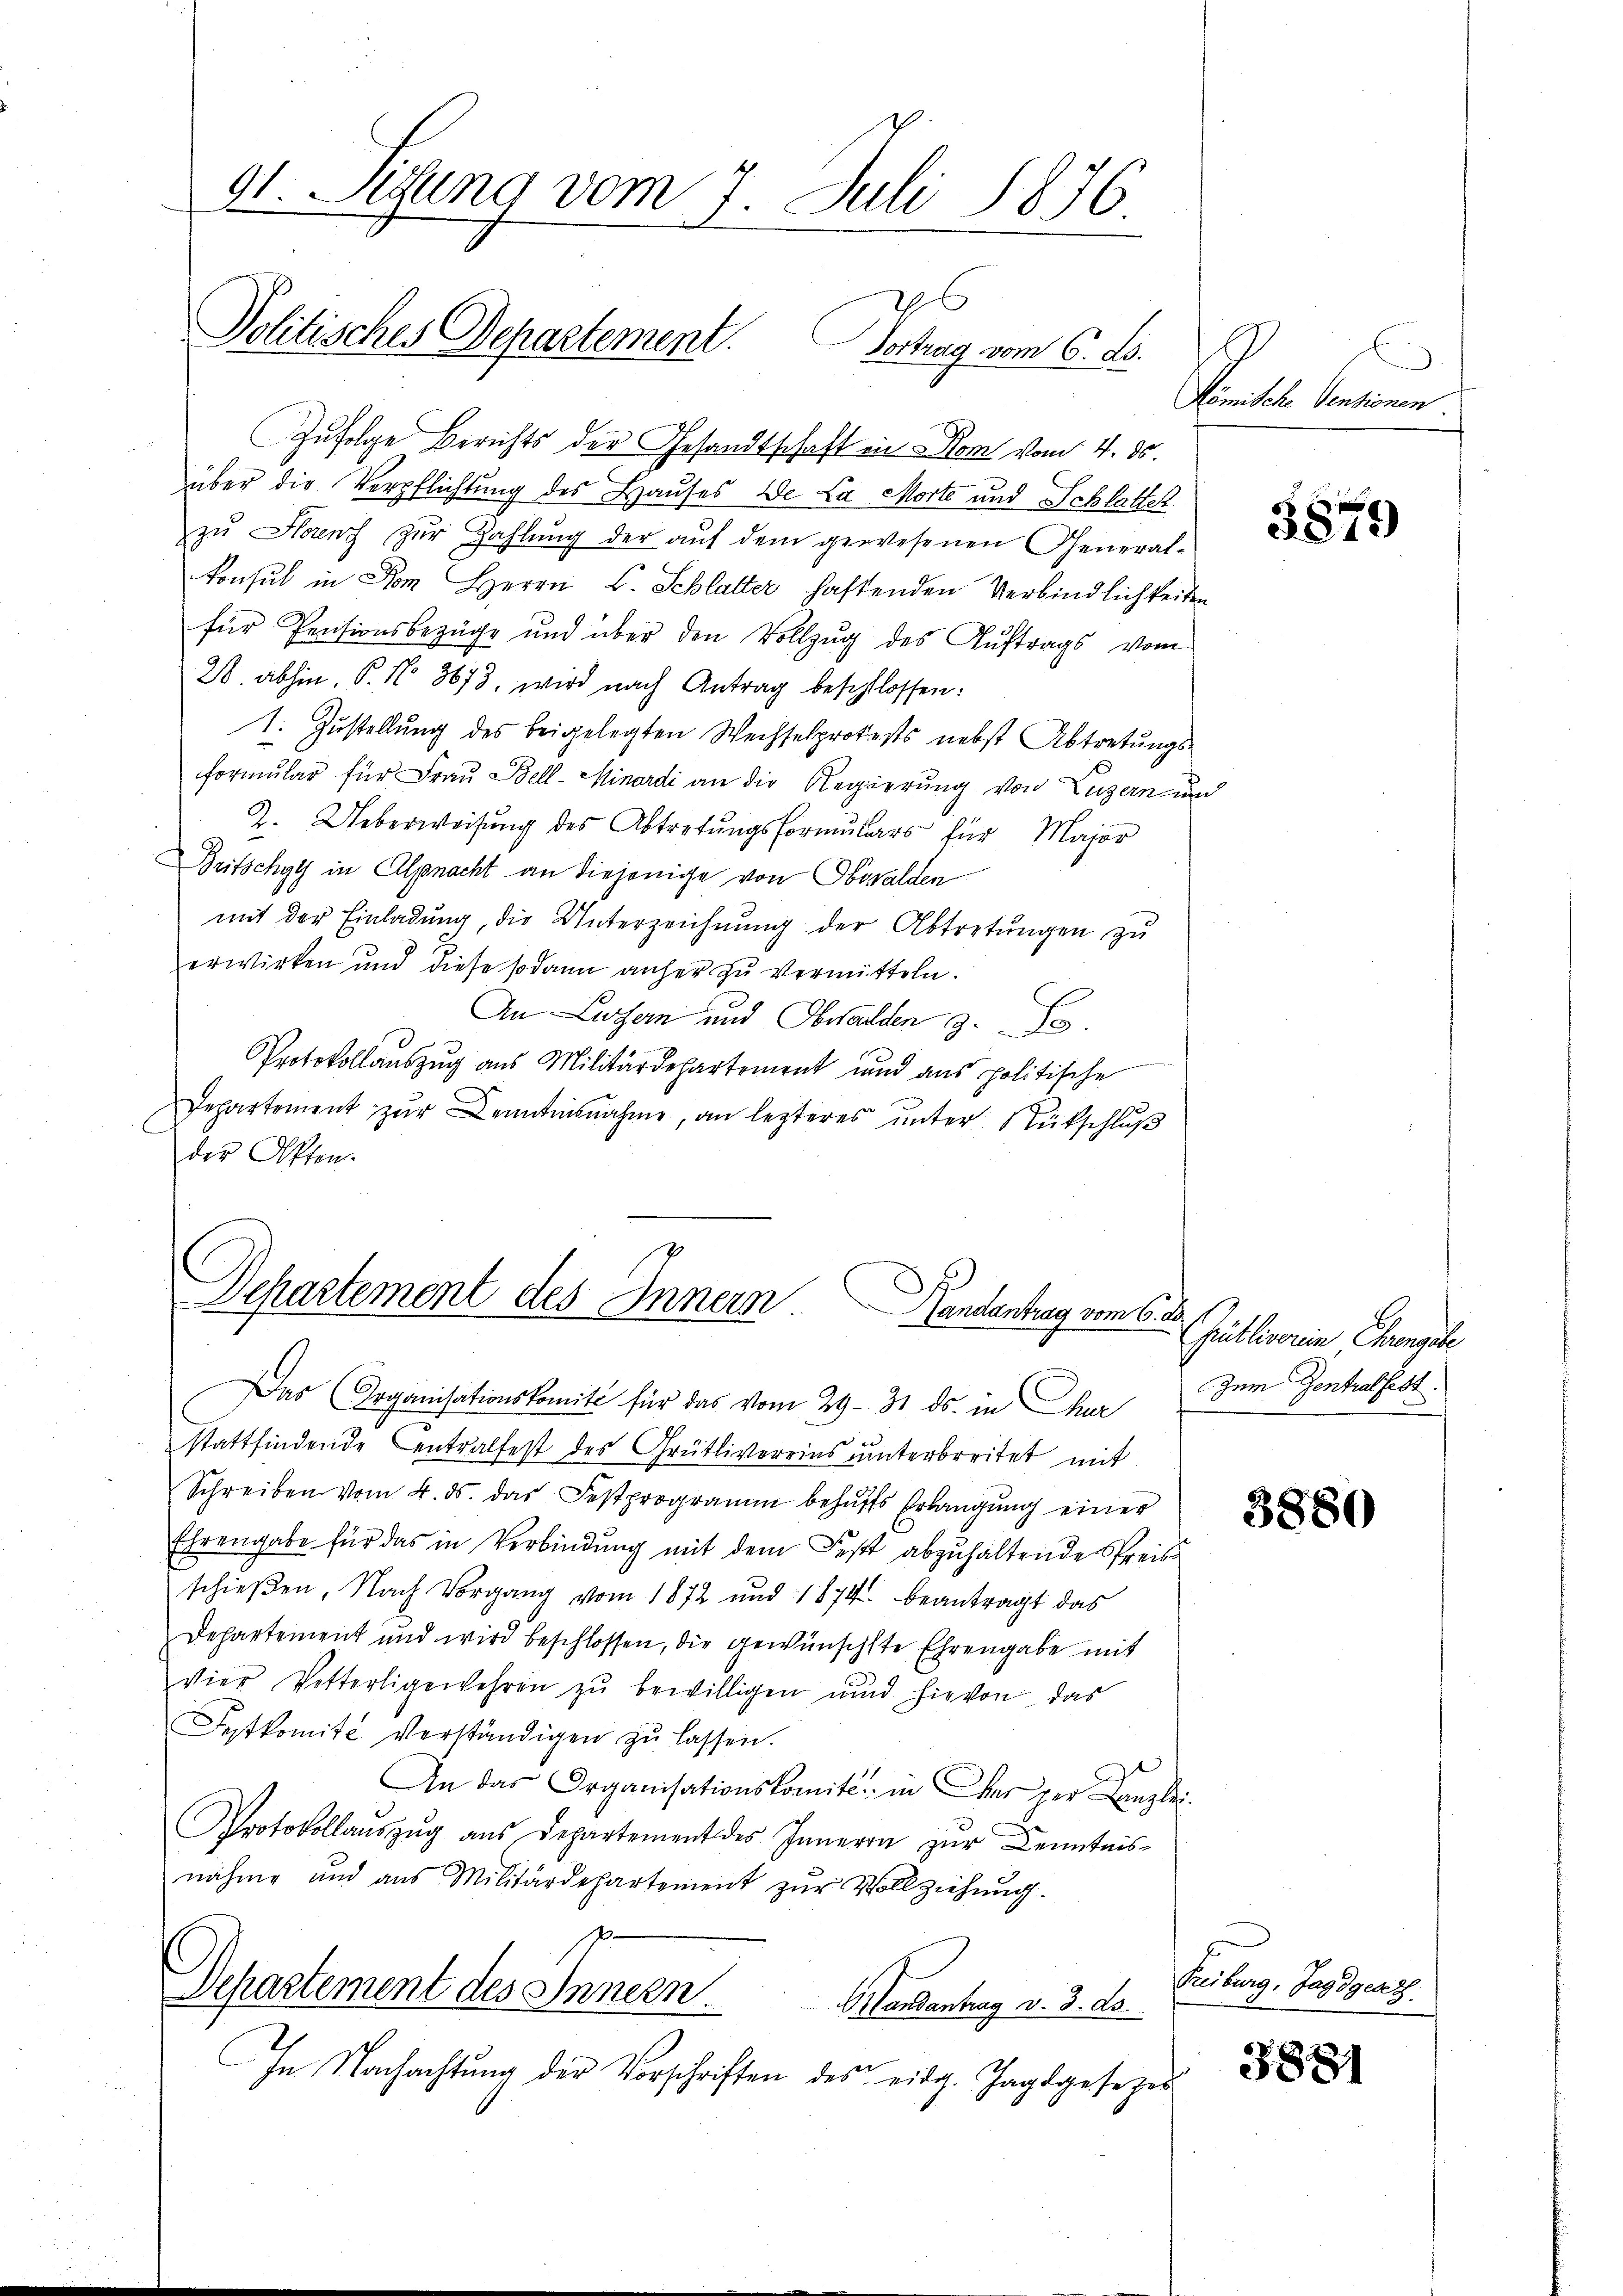
91. Sitzung vom 7. Juli 1876

6
Politisches Departement. Vortrag vom 6. ds.

Departement des Innern Handantrag vom 6. d.

Das Organisationskomité für das vom 29. 31. ds. in Chur
stattfindende Centralfest des Grütlivereins unterbreitet mit
Schreiben vom 4. ds. das Festprogramm behŭfs Erlangŭng einer
Ehrengabe für das in Verbindung mit dem Fest abzuhaltende Preis
schieβen, Nach Vorgang vom 1872 und 1874. beantragt das
Departement und wird beschlossen, die gewünschte Ehrengabe mit
vier Vetterligewehren zŭ bewilligen und hievon das
Sytkomite verständigen zŭ lassen.
An das Organisationskomite in Wer per Canzlei-
Protokollaŭszŭg aŭs Departement des Inneren zŭr Kenntnis-
nähme und aus Militärdepartement zŭr Vollziehŭng.
p.
Departement des Innern.
Mandantrag v. 3. ds.
In Nachachtung der Vorschriften des eidg. Jagdgesezes

Zufolge Berichts der Gesandtschaft in Rom vom 4. ds.
über die Verpflichtung des Hauses de Ca Morte und Schlatter
zŭ Horenz zŭr Zahlŭng der aŭf dem gewesenen General-
Konsul in Rom Herrn L. Schlatter haftenden Verbindlichkeiten
für Pensionsbezüge und über den Vollzug des Auftrags vom
28 abhin, P. No 3673, wird nach Antrag beschlossen:
1. Zŭstellŭng des beigelegten Wechselprotests nebst Abtretŭngs-
formular für Frau Bell-Minardi an die Regierung von Luzern und
2. Ueberweisung des Abtretungsformulars für Major
Britschyls in Alpnacht an diejenige von Obwalden
mit der Einladŭng, die Unterzeichnŭng der Abtretŭngen zu
erwirken und diese sodann anher zu vermitteln.
An Luzern und Obwalden 3. So
Protokollaŭszŭg aŭs Militärdepartement und ans politische
Departement zur Kenntnisnahme, an lezteres unter Rückschluß
der Otten.

G
Mömische Ventionen

3879

Gulliserien Changele
Zum Zentralfest.

3880

Treiburg, Jagdgeset

3881